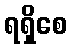
ရရှိစေ